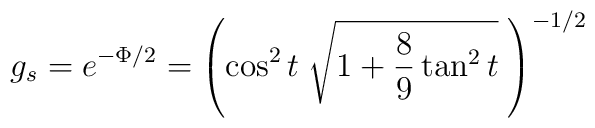
g_s=e^{-\Phi/2}=\left(\cos^2 t \; \sqrt{1+\frac{8}{9}\tan^2 t }\;\right)^{-1/2}